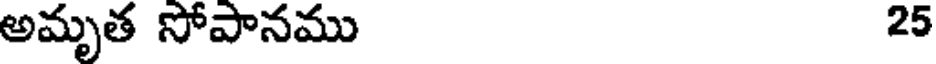
అమృత సోపానము 25